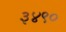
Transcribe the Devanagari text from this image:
३४९०